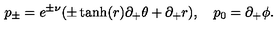
p _ { \pm } = e ^ { \pm \nu } ( \pm \tanh ( r ) \partial _ { + } \theta + \partial _ { + } r ) , \quad p _ { 0 } = \partial _ { + } \phi .